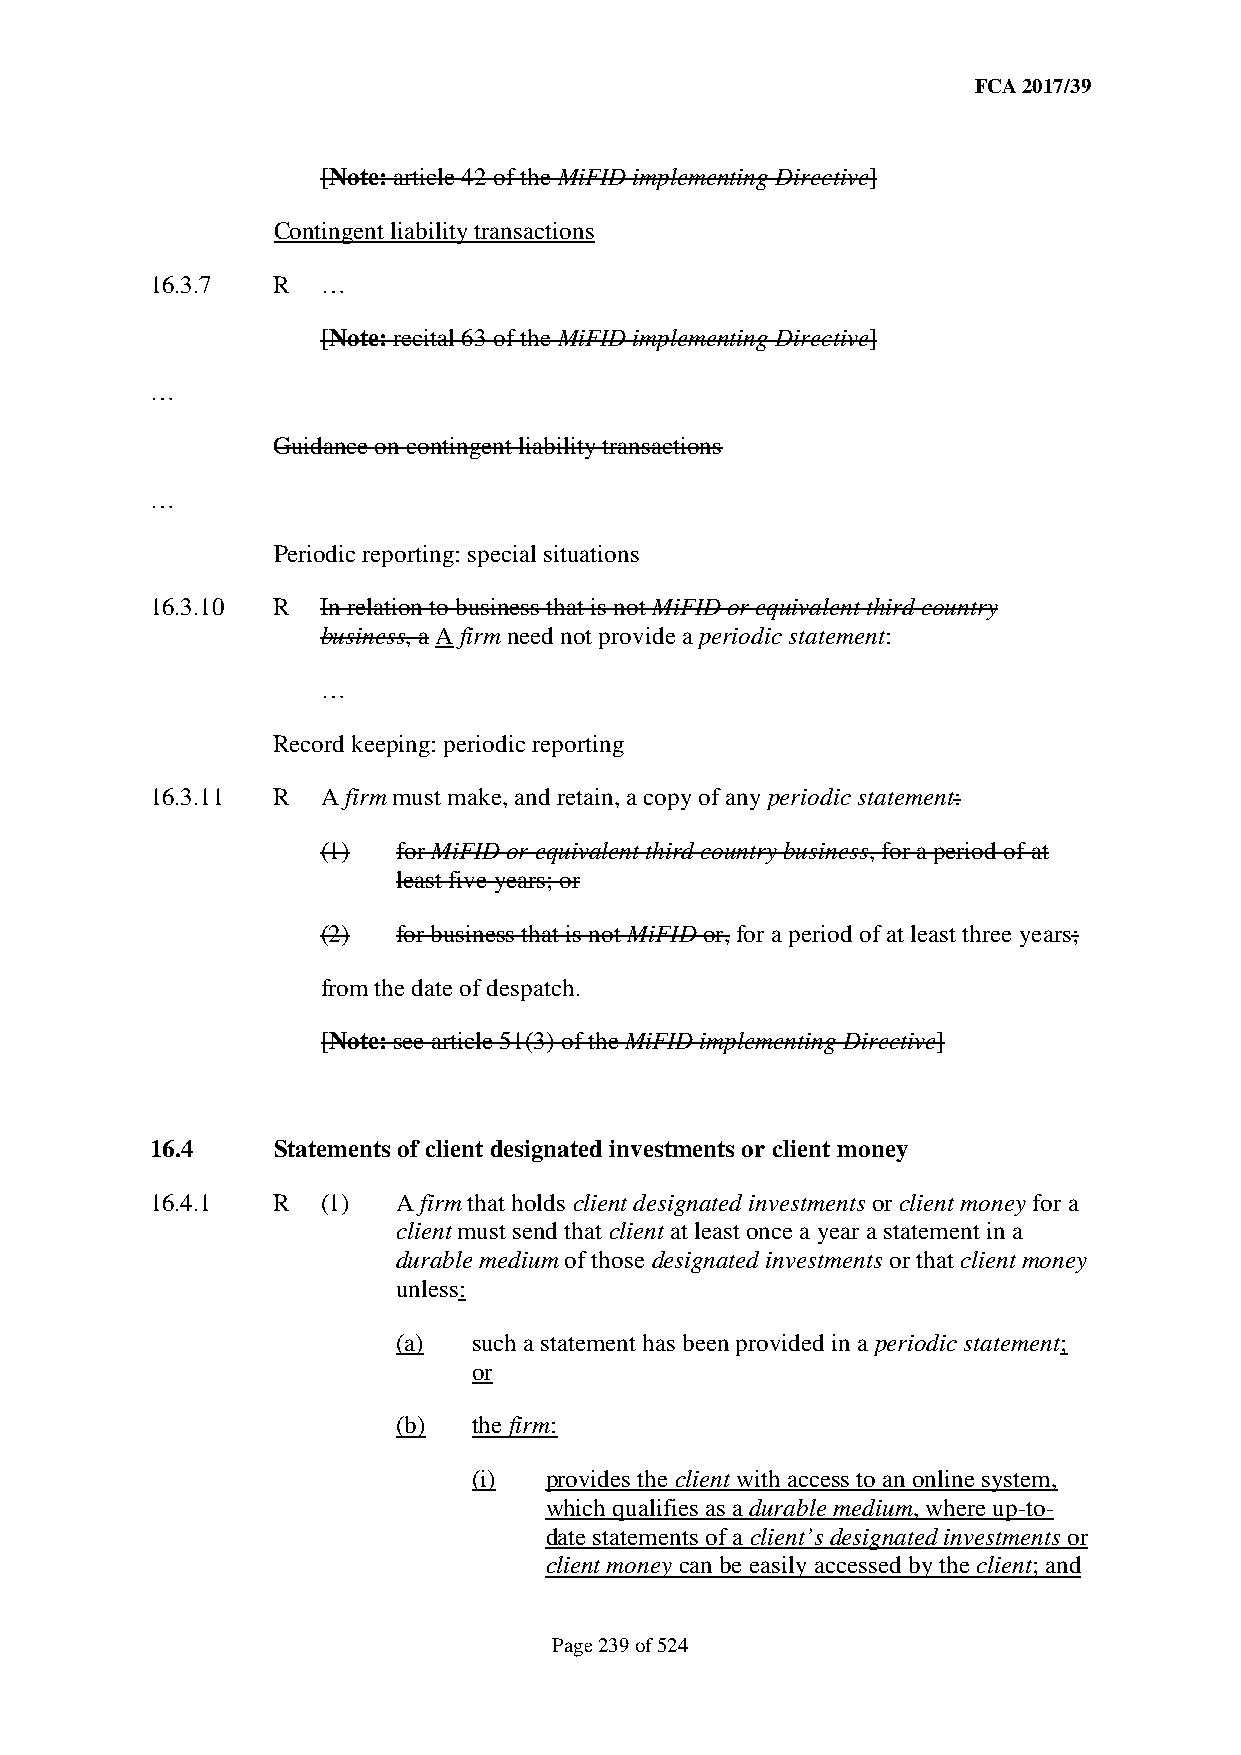
FCA 2017/39
 [Note: article 42 of the MiFID implementing Directive]
 Contingent liability transactions
 16.3.7  R  …
 [Note: recital 63 of the MiFID implementing Directive]
 …
 Guidance on contingent liability transactions
 …
 Periodic reporting: special situations
 16.3.10 R  In relation to business that is not MiFID or equivalent third country
 business, a A firm need not provide a periodic statement:
 …
 Record keeping: periodic reporting
 16.3.11 R  A firm must make, and retain, a copy of any periodic statement:
 (1)  for MiFID or equivalent third country business, for a period of at
 least five years; or
 (2)  for business that is not MiFID or, for a period of at least three years;
 from the date of despatch.
 [Note: see article 51(3) of the MiFID implementing Directive]
 16.4    Statements of client designated investments or client money
 16.4.1  R  (1)  A firm that holds client designated investments or client money for a
 client must send that client at least once a year a statement in a
 durable medium of those designated investments or that client money
 unless:
 (a)  such a statement has been provided in a periodic statement;
 or
 (b)  the firm:
 (i)  provides the client with access to an online system,
 which qualifies as a durable medium, where up-to-
 date statements of a client’s designated investments or
 client money can be easily accessed by the client; and
 Page 239 of 524